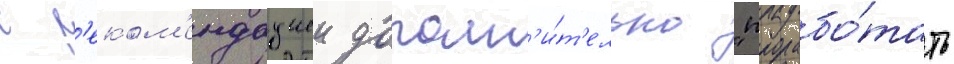
с р'еком'ендациеи дополн'и́т'ельно "прорабо́тать